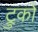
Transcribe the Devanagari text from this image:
ट्रुको